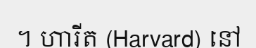
។ ហារីត (Harvard) នៅ